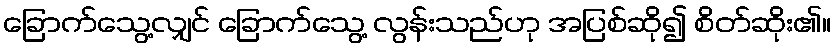
ခြောက်သွေ့လျှင် ခြောက်သွေ့ လွန်းသည်ဟု အပြစ်ဆို၍ စိတ်ဆိုး၏။